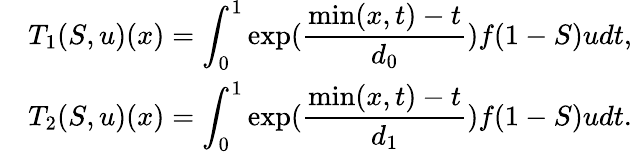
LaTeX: \begin{array}{llll}&{T_{1}(S,u)(x)=\displaystyle\int_{0}^{1}\exp(\frac{\operatorname*{min}(x,t)-t}{d_{0}})f(1-S)udt,}\\ &{T_{2}(S,u)(x)=\displaystyle\int_{0}^{1}\exp(\frac{\operatorname*{min}(x,t)-t}{d_{1}})f(1-S)udt.}\end{array}